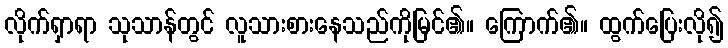
လိုက်ရှာရာ သုသာန်တွင် လူသားစားနေသည်ကိုမြင်၏။ ကြောက်၏။ ထွက်ပြေးလို၍